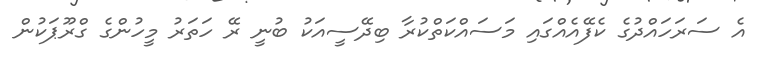
އެ ސަރަހައްދުގެ ކެފޭއެއްގައި މަސައްކަތްކުރާ ބިދޭސީއަކު ބުނީ ރޭ ހަތަރު މީހުންގެ ގްރޫޕަކުން